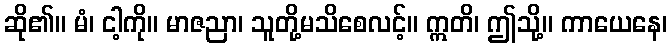
ဆို၏။ မံ၊ ငါ့ကို။ မာဇညာ၊ သူတို့မသိစေလင့်။ ဣတိ၊ ဤသို့။ ကာယေနေ၊